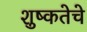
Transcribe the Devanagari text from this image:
शुष्कतेचे